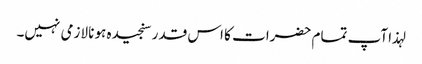
لہذا آپ تمام حضرات کا اس قدر سنجیدہ ہونا لازمی نہیں۔